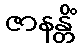
ဇာနန္တိံ